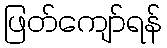
ဖြတ်ကျော်ရန်